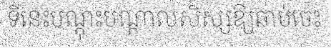
ទីនេះបណ្តុះបណ្តាលសិស្សឱ្យឆាប់ចេះ